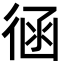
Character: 𢔈